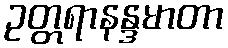
ဥတ္တရာနန္ဒမာတာ